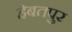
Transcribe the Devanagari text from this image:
हेबतपुर